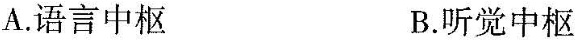
A.语言中枢 B.听觉中枢